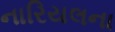
નારિયલના